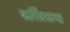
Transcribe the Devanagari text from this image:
कर्सिलामा